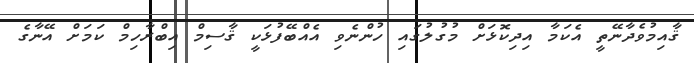
ޤާއިމުވެދާނޭތީ އެކަމާ އިދިކޮޅަށް މުގުލުގައި ހުންނެވި އެއްބޭފުޅަކީ ޤާސިމް އިބްރާހިމް ކަމަށް އޭނާގެ